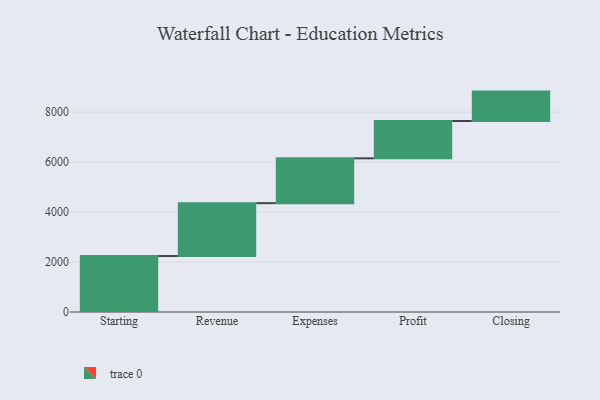
{"axis": {"x": "Step", "y": "Value"}, "legend": [""], "data": [{"x": "Starting", "y": 2240.0, "type": ""}, {"x": "Revenue", "y": 2117.0, "type": ""}, {"x": "Expenses", "y": 1795.0, "type": ""}, {"x": "Profit", "y": 1495.0, "type": ""}, {"x": "Closing", "y": 1176.0, "type": ""}]}